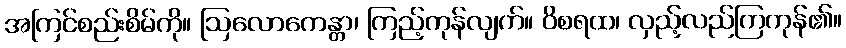
အကြင်စည်းစိမ်ကို။ ဩလောကေန္တာ၊ ကြည့်ကုန်လျက်။ ဝိစရထ၊ လှည့်လည်ကြကုန်၏။